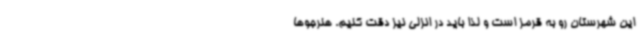
این شهرستان رو به قرمز است و لذا باید در انزلی نیز دقت کنیم. هنرجوها